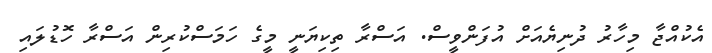
އެކުއްޖާ މިހާރު ދުނިޔެއަށް އުފަންވީސް. އަސްރާ ތިކިޔަނީ މީގެ ހަމަސްކުރިން އަސްރާ ހޮޑުލައި